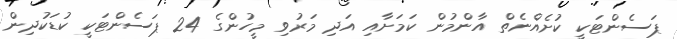
ޕަސެންޓަކީ ކުށެއްނެތް އާންމުން ކަމަށާއި އަދި މަރުވި މީހުންގެ 24 ޕަސެންޓަކީ ކުޑަކުދިން